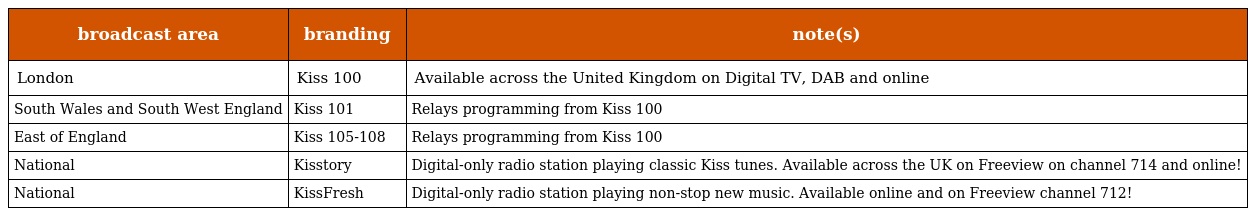
| broadcast area | branding | note(s) |
 | --- | --- | --- |
 | London | Kiss 100 | Available across the United Kingdom on Digital TV, DAB and online |
 | South Wales and South West England | Kiss 101 | Relays programming from Kiss 100 |
 | East of England | Kiss 105-108 | Relays programming from Kiss 100 |
 | National | Kisstory | Digital-only radio station playing classic Kiss tunes. Available across the UK on Freeview on channel 714 and online! |
 | National | KissFresh | Digital-only radio station playing non-stop new music. Available online and on Freeview channel 712! |